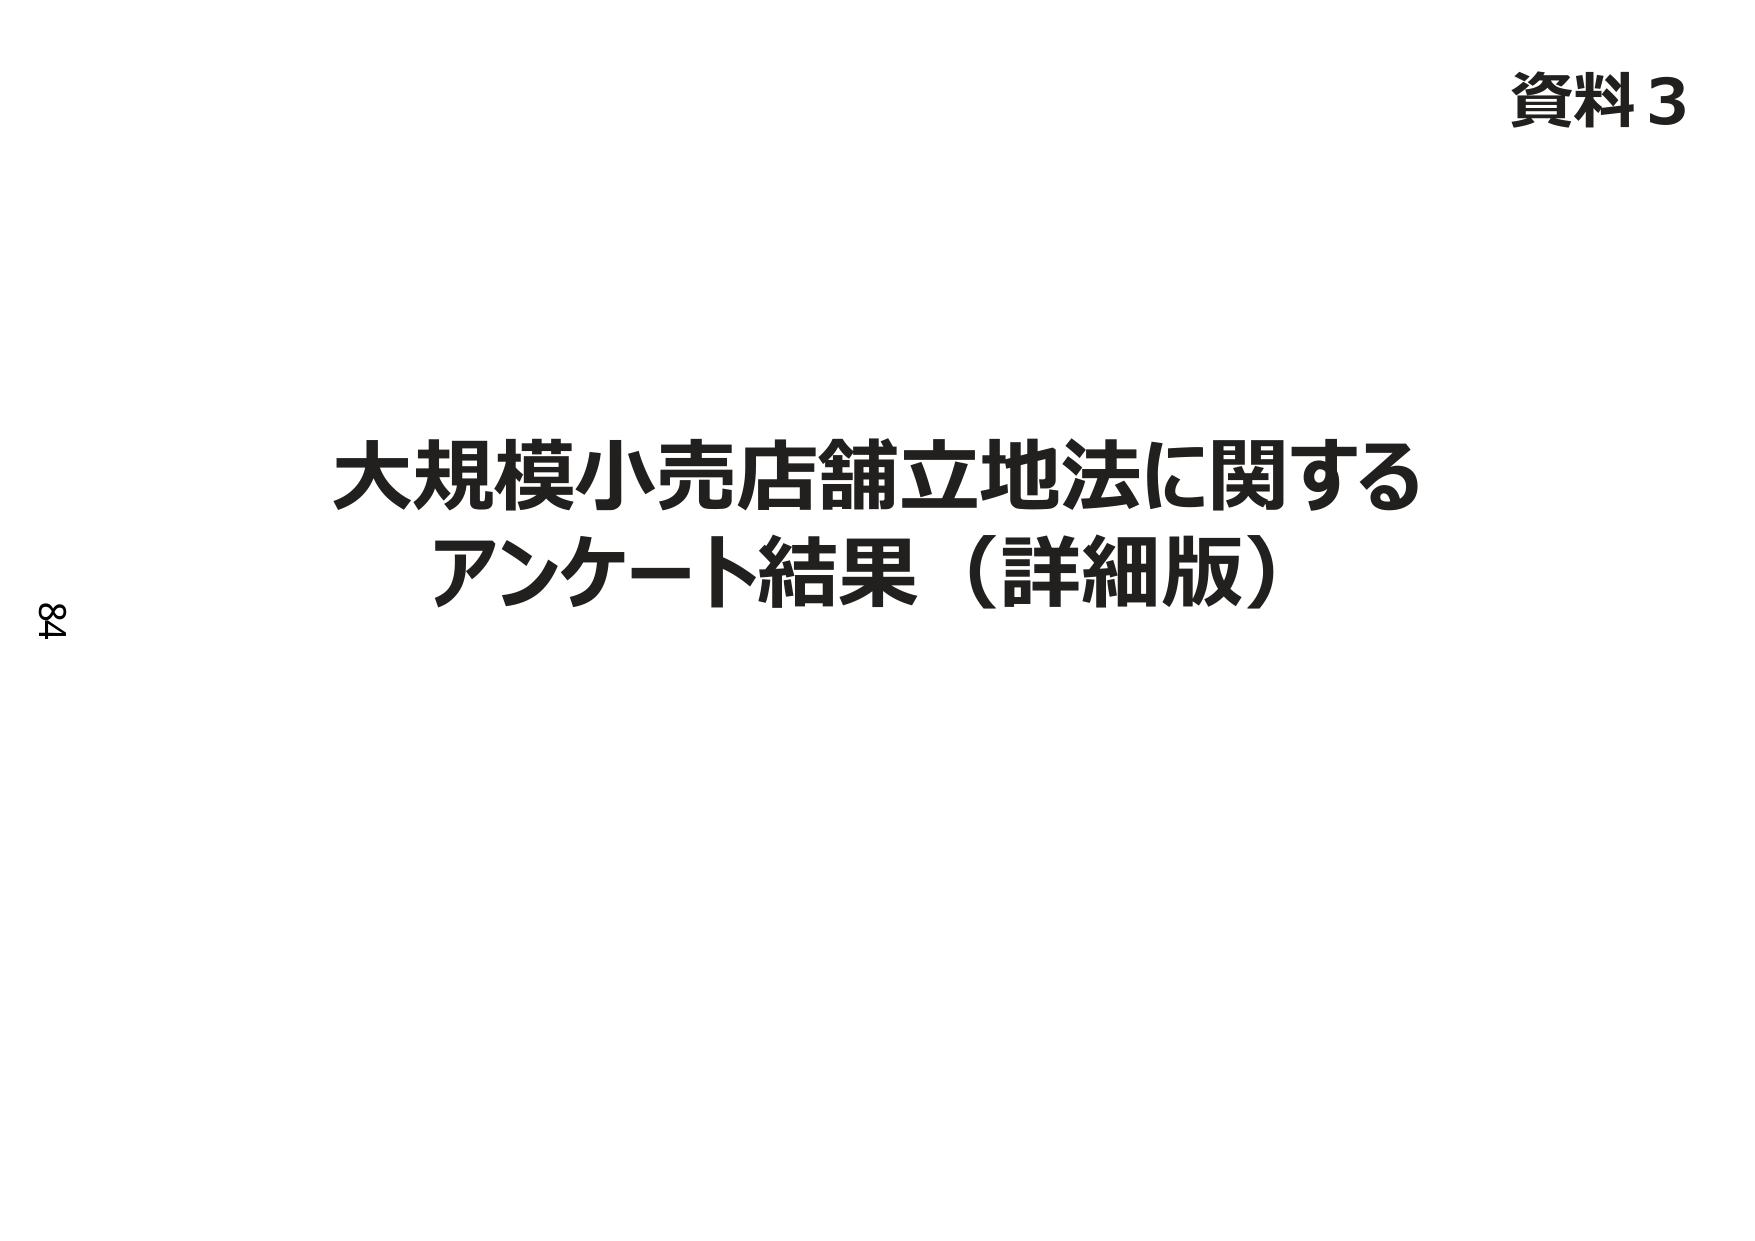
資料3
大規模小売店舗立地法に関する
アンケート結果（詳細版）
84